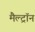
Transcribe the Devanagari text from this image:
मैल्ट्रॉन